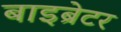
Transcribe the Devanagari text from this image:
बाइब्रेटर